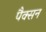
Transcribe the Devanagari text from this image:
पैक्सन